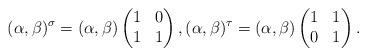
LaTeX: \begin{align*}(\alpha, \beta)^{\sigma} = (\alpha, \beta) \begin{pmatrix} 1 & 0 \\ 1 & 1 \end{pmatrix}, (\alpha, \beta)^{\tau}=(\alpha, \beta) \begin{pmatrix} 1 & 1 \\ 0 & 1 \end{pmatrix}.\end{align*}